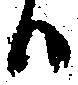
ハ